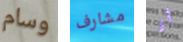
وسام مشارف أو